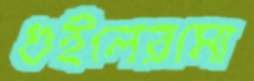
গুইলেরমো